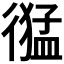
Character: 𢕙